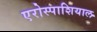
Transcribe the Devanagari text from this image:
एरोस्पाशियाल